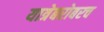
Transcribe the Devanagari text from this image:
यात्रेबरोबरच